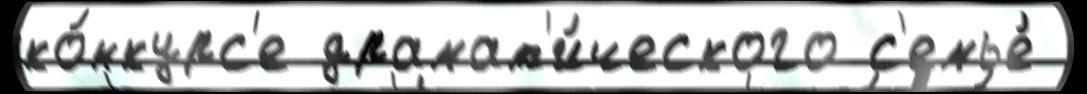
ко́нкурс'е драмат'и́ческого с'емье́